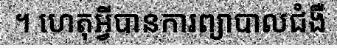
។ ហេតុអ្វីបានការព្យាបាលជំងឺ